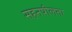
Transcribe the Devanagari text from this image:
सहनषीलता